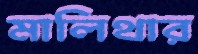
মালিথার